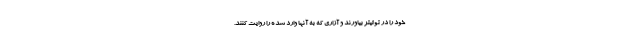
خود را در توئیتر بیاورند و آزاری که به آنها وارد شده را روایت کنند.